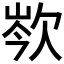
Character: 𣢽